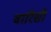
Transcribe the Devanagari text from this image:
वारिसी